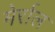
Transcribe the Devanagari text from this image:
मेर्राल